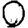
Digit: 0